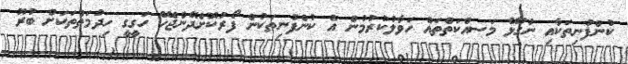
ކުންފުނިތަކާއި ނުގުޅޭ މަސއްކަތްތައް ހަވާލުކުރުމުން އެ ކުންފުނިތަކުން ފޯރުކޮށްދޭންޖެހޭ ހަގީގީ ހިދުމަތްތަކަށް ބުރޫ